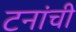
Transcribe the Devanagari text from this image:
टनांची